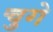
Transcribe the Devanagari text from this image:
चुगे